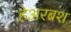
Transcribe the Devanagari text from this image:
हेअरब्रश